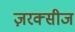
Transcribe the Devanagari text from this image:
ज़रक्सीज